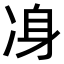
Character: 𠗏